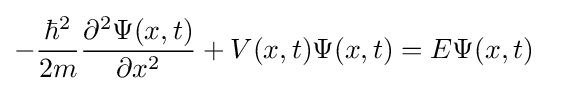
{\begin{aligned}-{\frac {\hbar ^{2}}{2m}}{\frac {\partial ^{2}\Psi (x,t)}{\partial x^{2}}}+V(x,t)\Psi (x,t)&=E\Psi (x,t)\end{aligned}}